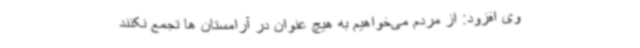
وی افزود: از مردم می‌خواهیم به هیچ عنوان در آرامستان ها تجمع نکنند